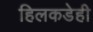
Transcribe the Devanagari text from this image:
हिलकडेही